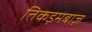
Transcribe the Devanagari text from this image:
तिकड़मबाज़